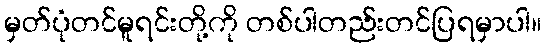
မှတ်ပုံတင်မူရင်းတို့ကို တစ်ပါတည်းတင်ပြရမှာပါ။